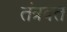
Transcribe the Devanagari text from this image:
तंत्रवत